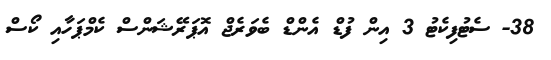
38- ސެޓުފިކެޓު 3 އިން ފުޑް އެންޑް ބެވަރެޖް އޮޕަރޭޝަންސް ކެމްޕަހާއި ކޯސް